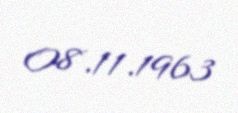
08.11.1963